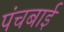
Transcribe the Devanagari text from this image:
पंचबाई